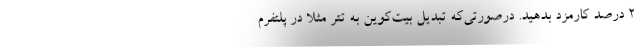
۲ درصد کارمزد بدهید. درصورتی‌که تبدیل بیت‌کوین به تتر مثلا در پلتفرم‌